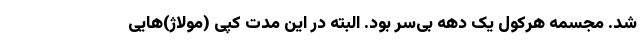
شد. مجسمه هرکول یک دهه بی‌سر بود. البته در این مدت کپی (مولاژ)هایی